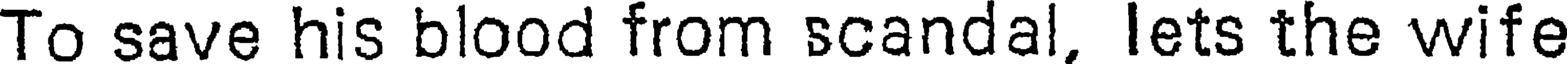
To save his blood from scandal, lets the wife